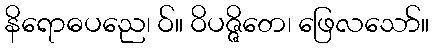
နိရောဓပညေ၊ ဝ်။ ဝိပဇ္ဇိတေ၊ ဖြေလသော်။